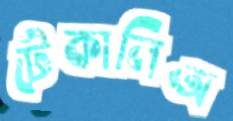
টেকালিঅ